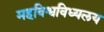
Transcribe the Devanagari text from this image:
महविश्वविध्यलय